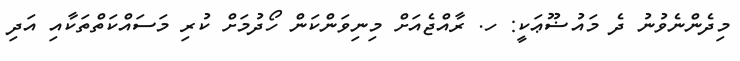
މިދެންނެވުނު ދެ މައުޟޫޢަކީ: ހ. ރާއްޖެއަށް މިނިވަންކަން ހޯދުމަށް ކުރި މަސައްކަތްތަކާއި އަދި